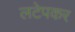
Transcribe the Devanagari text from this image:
लटेपकर